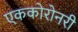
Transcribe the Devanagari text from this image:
एककोरोनरी